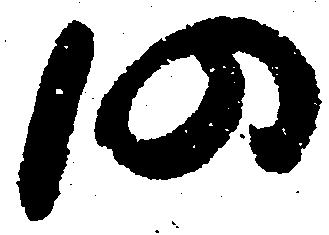
仍